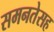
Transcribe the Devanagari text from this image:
समनतेसह